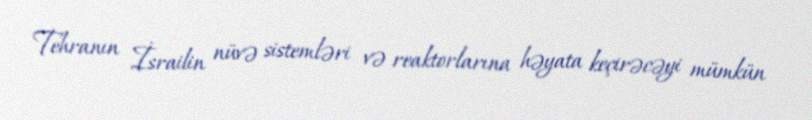
Tehranın İsrailin nüvə sistemləri və reaktorlarına həyata keçirəcəyi mümkün